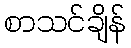
စာသင်ချိန်